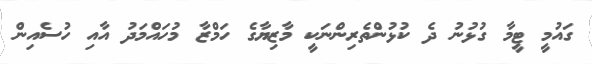
ގައުމީ ޓީމާ ގުޅުނު ދެ ކުޅުންތެރިންނަކީ މާޒިޔާގެ ހަމްޒާ މުހައްމަދު އާއި ހުސެއިން